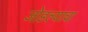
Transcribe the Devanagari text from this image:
जोडल्याचा